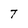
Character: T